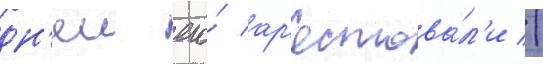
дн'еи его́ ар'естова́л'и //